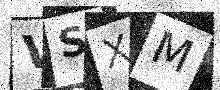
Text: VSXM